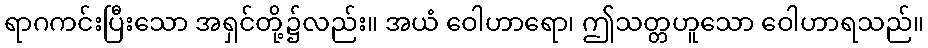
ရာဂကင်းပြီးသော အရှင်တို့၌လည်း။ အယံ ဝေါဟာရော၊ ဤသတ္တဟူသော ဝေါဟာရသည်။